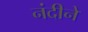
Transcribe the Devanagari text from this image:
नंदीने